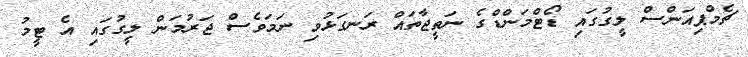
ޗެމްޕިއަންސް ލީގުގައި ޑޯޓްމަންޑްގެ ނަތީޖާތައް ރަނގަޅުވި ނަމަވެސް ޖަރުމަން ލީގުގައި އެ ޓީމު